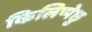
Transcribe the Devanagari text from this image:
किलिप्पेछु